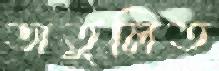
অতুলিত